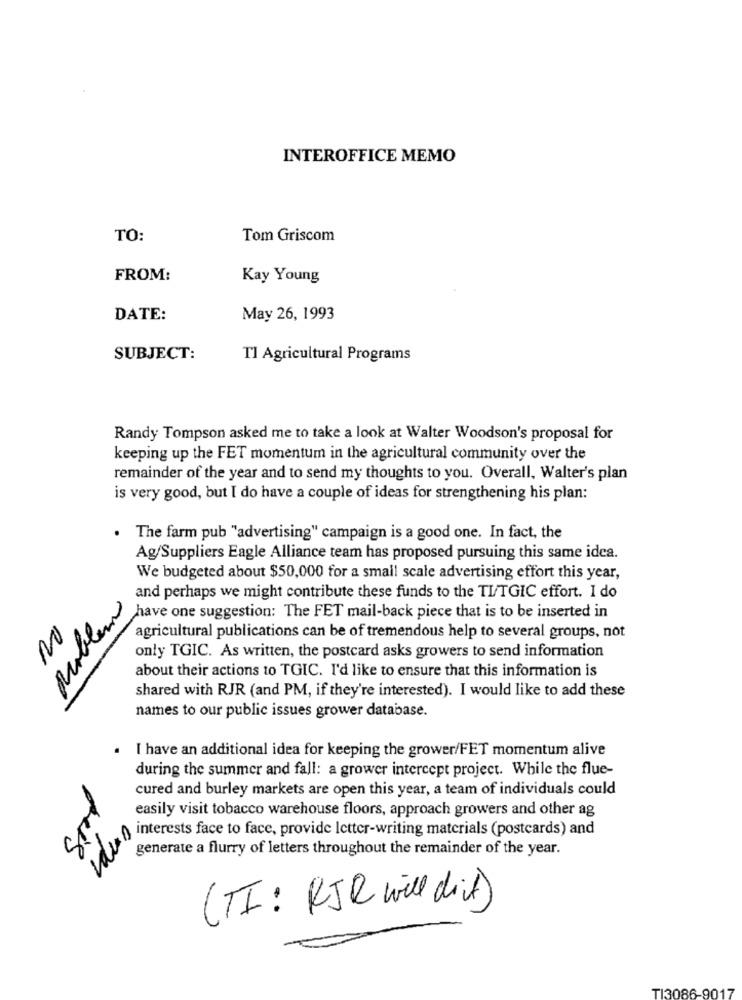
INTEROFFICE MEMO
TO:
Tom Griscom
FROM:
Kay Young
DATE:
May 26, 1993
SUBJECT:
Tl Agricultural Programs
Randy Tompson asked me to take a look at Walter Woodson's proposal for
keeping up the FET momentum in the agricultural community over the
remainder of the year and to send my thoughts to you. Overall, Walter's plan
is very good, but I do have a couple of ideas for strengthening his plan:
. The farm pub "advertising" campaign is a good one. In fact, the
Ag/Suppliers Eagle Alliance team has proposed pursuing this same idea.
We budgeted about $50,000 for a small scale advertising effort this year,
problem
and perhaps we might contribute these funds to the TI/TGIC effort. I do
have one suggestion: The FET mail-back piece that is to be inserted in
agricultural publications can be of tremendous help to several groups, not
only TGIC. As written, the postcard asks growers to send information
about their actions to TGIC. I'd like to ensure that this information is
shared with RJR (and PM, if they're interested). I would like to add these
names to our public issues grower database.
I have an additional idea for keeping the grower/FET momentum alive
during the summer and fall: a grower intercept project. While the flue-
good
cured and burley markets are open this year, a team of individuals could
easily visit tobacco warehouse floors, approach growers and other ag
interests face to face, provide letter-writing materials (postcards) and
generate a flurry of letters throughout the remainder of the year.
(TI: RIR will dit)
TI3086-9017